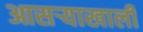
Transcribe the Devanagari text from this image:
आसऱ्याखाली